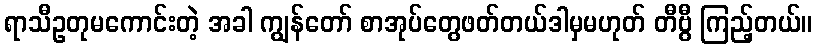
ရာသီဥတုမကောင်းတဲ့ အခါ ကျွန်တော် စာအုပ်တွေဖတ်တယ်ဒါမှမဟုတ် တီဗွီ ကြည့်တယ်။